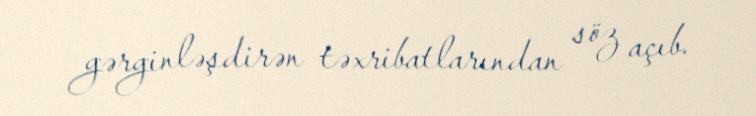
gərginləşdirən təxribatlarından söz açıb.